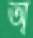
অ্